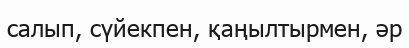
салып, сүйекпен, қаңылтырмен, әр